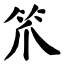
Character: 笊